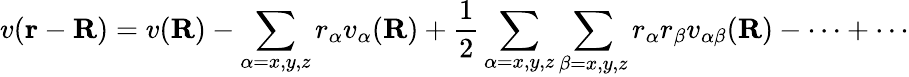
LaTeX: v(\mathbf{r}-\mathbf{R})=v(\mathbf{R})-\sum_{\alpha=x,y,z}r_{\alpha}v_{\alpha}(\mathbf{R})+{\frac{1}{2}}\sum_{\alpha=x,y,z}\sum_{\beta=x,y,z}r_{\alpha}r_{\beta}v_{\alpha\beta}(\mathbf{R})-\cdots+\cdots